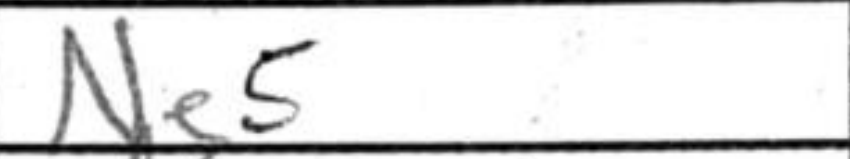
Transcription: Ne5